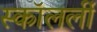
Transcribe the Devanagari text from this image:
स्कॉलर्ली